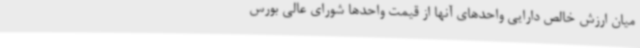
میان ارزش خالص دارایی واحدهای آنها از قیمت واحدها شورای عالی بورس